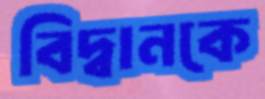
বিদ্বানকে